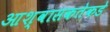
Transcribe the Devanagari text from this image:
आश्वासकतेकडे